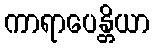
ကာရာပေန္တိယာ